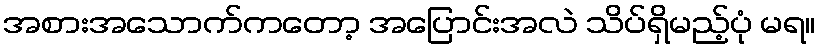
အစားအသောက်ကတော့ အပြောင်းအလဲ သိပ်ရှိမည့်ပုံ မရ။